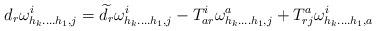
LaTeX: \begin{align*}d_{r}\omega _{h_{k}....h_{1},j}^{i}=\widetilde{d}_{r}\omega_{h_{k}....h_{1},j}^{i}-T_{ar}^{i}\omega_{h_{k}....h_{1},j}^{a}+T_{rj}^{a}\omega _{h_{k}....h_{1},a}^{i}\end{align*}